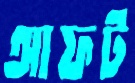
আফট